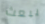
يبعث